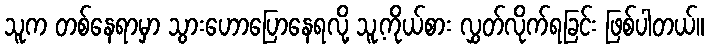
သူက တစ်နေရာမှာ သွားဟောပြောနေရလို့ သူ့ကိုယ်စား လွှတ်လိုက်ရခြင်း ဖြစ်ပါတယ်။